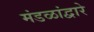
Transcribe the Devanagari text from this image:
मंडळांद्वारे